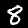
Digit: 8